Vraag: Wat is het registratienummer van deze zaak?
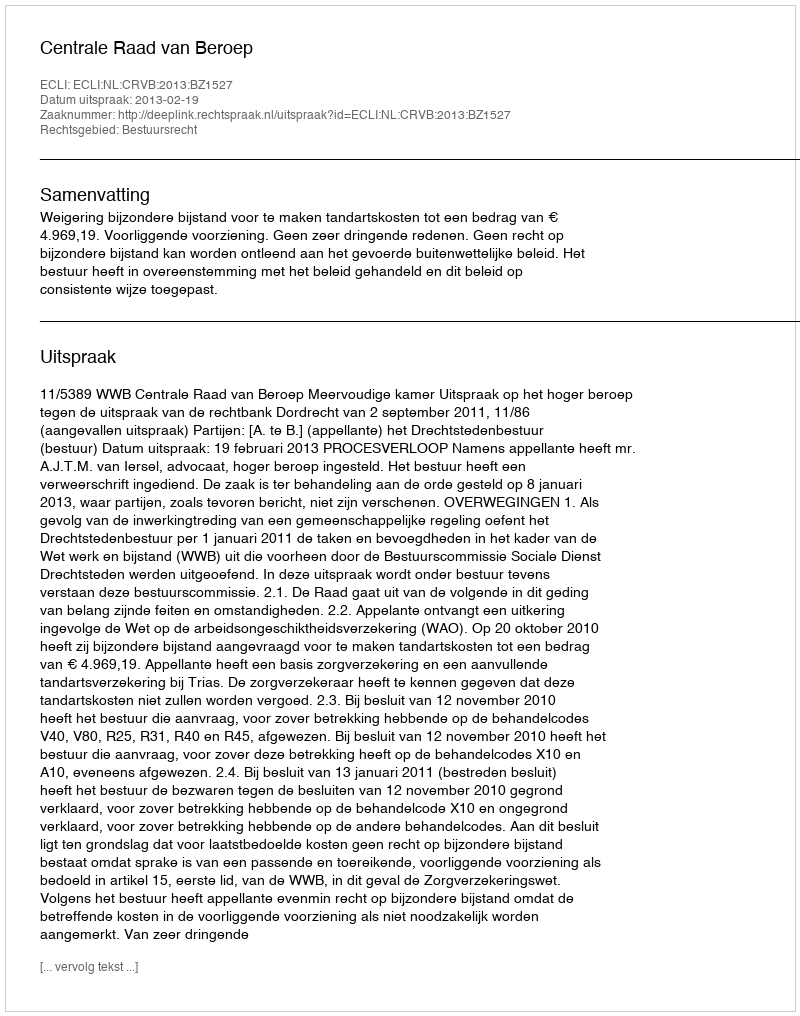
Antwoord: http://deeplink.rechtspraak.nl/uitspraak?id=ECLI:NL:CRVB:2013:BZ1527